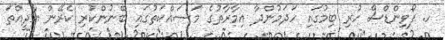
ހ. ފޯވިންޑްސް ހުރި ބިމުގައި ހަދަމުންދާ އިމާރާތުގެ މަސައްކަތުގައި ބޭނުންކުރި ކެރޭން އާދީއްތަ